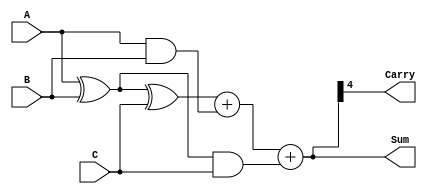
module RippleCarrySaveAdder #(
    parameter WIDTH = 4  // Bit-width of the operands
)(
    input  [WIDTH-1:0] A,  // First operand
    input  [WIDTH-1:0] B,  // Second operand
    input  [WIDTH-1:0] C,  // Third operand
    output [WIDTH:0] Sum,   // Final sum (WIDTH + 1 bits to accommodate carry)
    output Carry            // Final carry output
);

    // Intermediate sums and carries for the Carry Save Adder
    wire [WIDTH-1:0] sum1, carry1;
    wire [WIDTH-1:0] sum2, carry2;

    // Carry Save Adder for A and B
    assign sum1 = A ^ B;                // Sum of A and B
    assign carry1 = A & B;              // Carry of A and B

    // Carry Save Adder for sum1 and C
    assign sum2 = sum1 ^ C;             // Sum of intermediate sum1 and C
    assign carry2 = sum1 & C;           // Carry of intermediate sum1 and C

    // Final Carry and Sum using Ripple Carry Adder
    wire [WIDTH:0] final_sum;
    wire [WIDTH:0] final_carry;

    // Final RCA to combine carry outputs
    assign final_sum = {1'b0, sum2} + {1'b0, carry1} + {1'b0, carry2};

    // Assign outputs
    assign Sum = final_sum[WIDTH:0];    // Final sum output
    assign Carry = final_sum[WIDTH];     // Final carry output

endmodule